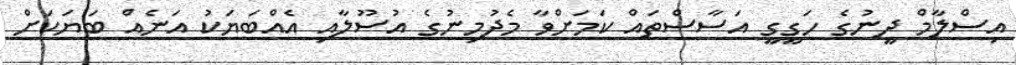
އިސްލާމް ދީނުގެ ހަގީގީ އަސާސްތައް ކަމަށްވާ މެދުމިނުގެ އުސޫލާއި އެއްބަޔަކު އަނެއް ބަޔަކަށް